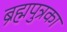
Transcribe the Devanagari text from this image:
ब्रह्मपुत्रका